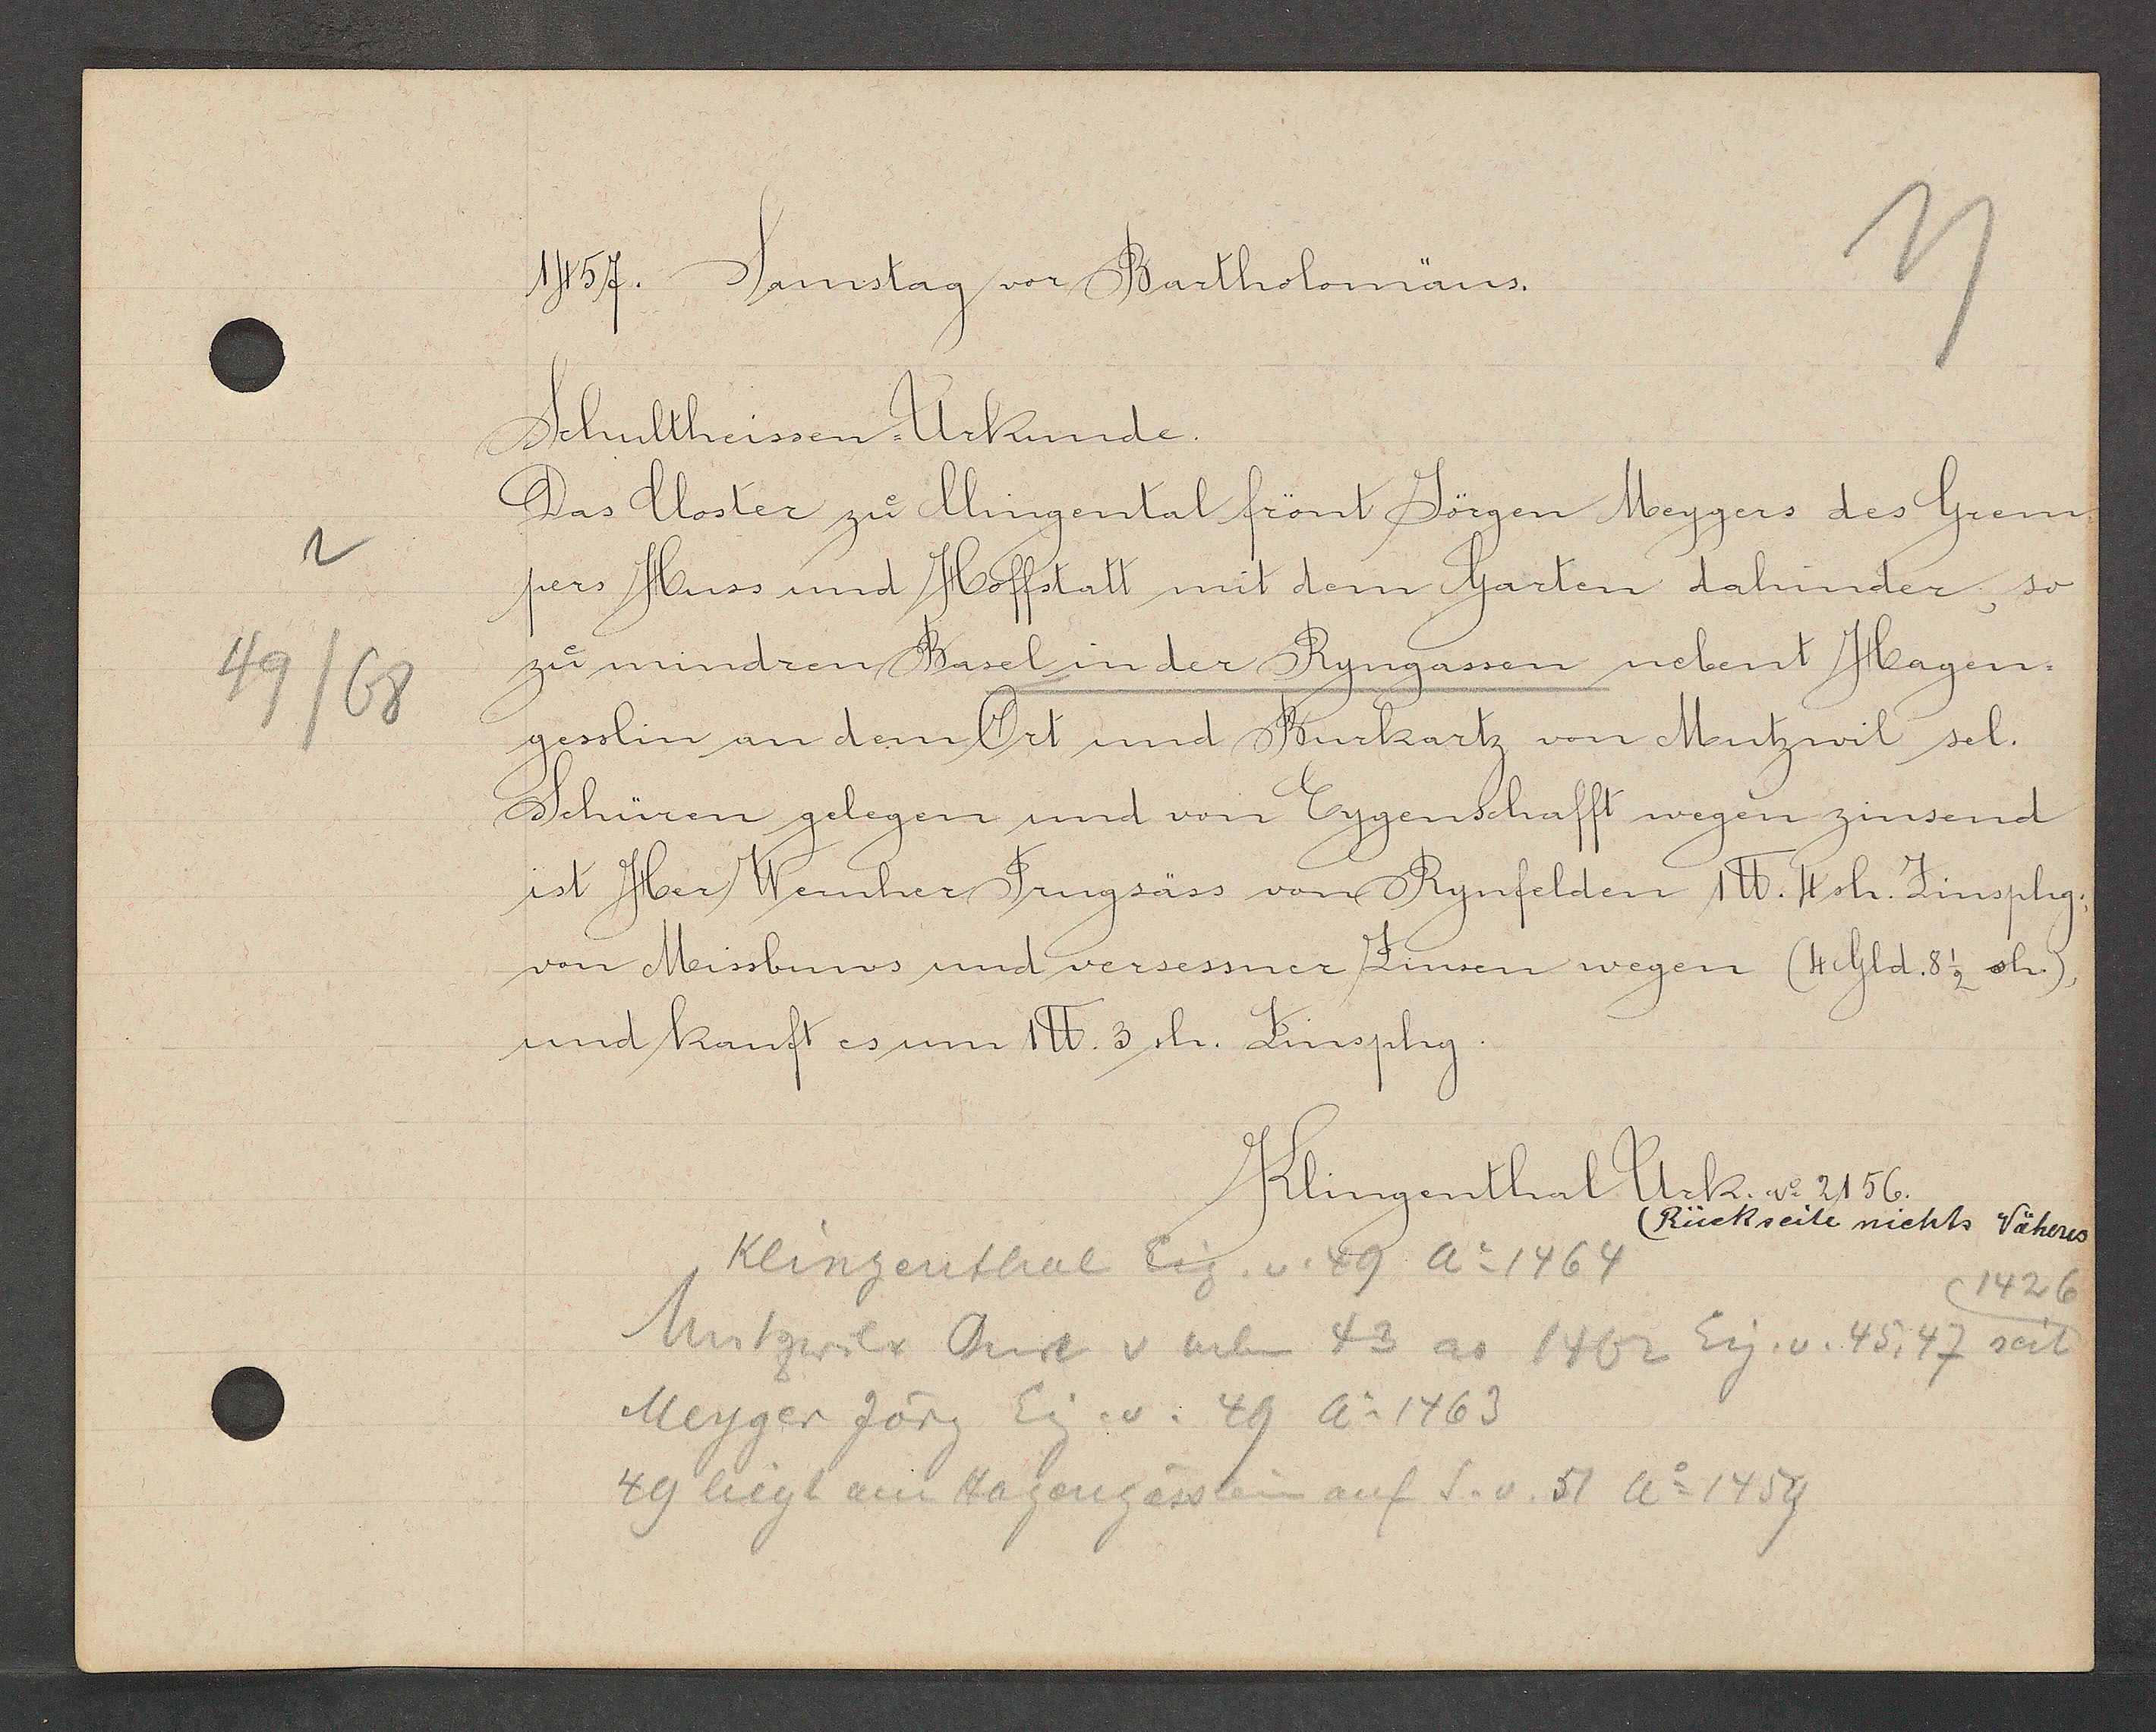
Transcript:
49/68

1457. Sanstag vor Bartholomäus.

Schultheissen Urkunde.
Das Closter zu Clingental frönt Jörgen Meygers des Grem
pers Huss und Hoffstatt mit dem Garten dahinder, so
zu mindren Basel in der Ryngassen nebent Hagen-
gesslin an dem Ort und Burkartz von Mutzwil sel.
Schüren gelegen und von Eygenschafft wegen zinsend
ist Her Wernher Frugsäss von Rynfelden 1℔. 4 sh. Zinsphg
von Missbuws und versessner Zinsen wegen (4 Gld.8 1/2 sh.)
und kauft es um 1℔. 3 sh. Zinsphg

Klingenthal Urk. No 2156.
(Rückseite nichts Näheres

Klingenthal Eig. v. 49 Ao 1464
1426
Mutzwiler Burk v neben 43 ao 1462 Eig. v. 45, 47 seit
Meyger Jörg Eig. v. 49 Ao 1463
49 liegt am Hagengässlein auf S.v.51 Ao 1459